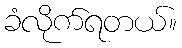
ခံလိုက်ရတယ်။